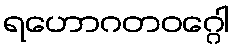
ရဟောဂတဝဂ္ဂေါ